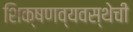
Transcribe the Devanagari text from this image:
शिक्षणव्यवस्थेची